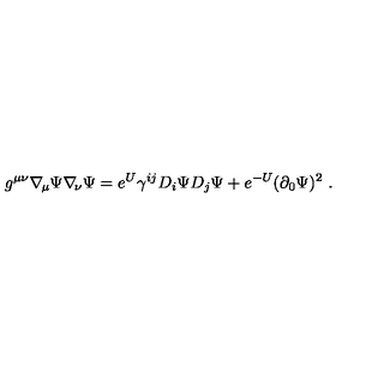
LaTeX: g ^ { \mu \nu } \nabla _ { \! \mu } \Psi \nabla _ { \! \nu } \Psi = e ^ { U } \gamma ^ { i j } D _ { i } \Psi D _ { j } \Psi + e ^ { - U } ( \partial _ { 0 } \Psi ) ^ { 2 } \ .